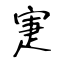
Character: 寁